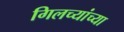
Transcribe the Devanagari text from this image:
गिलच्यांच्या